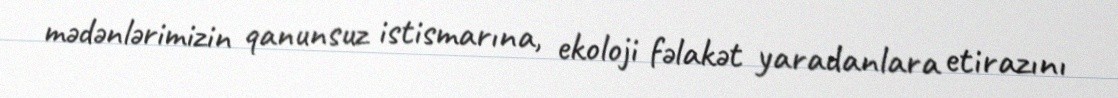
mədənlərimizin qanunsuz istismarına, ekoloji fəlakət yaradanlara etirazını